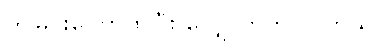
ကမြင်းကြောထပြီး လျှောက်ကလိ တယ်။